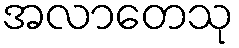
အလာတေသု